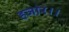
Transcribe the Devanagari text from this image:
हजार।।